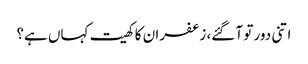
اتنی دور تو آ گئے، زعفران کا کھیت کہاں ہے؟